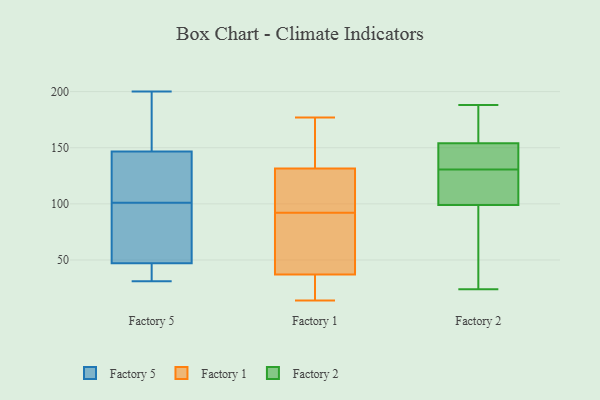
{"axis": {"x": "Energy Usage (MWh)", "y": "Value"}, "legend": ["Factory 1", "Factory 2", "Factory 5"], "data": [{"x": "", "y": 168, "type": "Factory 5"}, {"x": "", "y": 143, "type": "Factory 5"}, {"x": "", "y": 200, "type": "Factory 5"}, {"x": "", "y": 194, "type": "Factory 5"}, {"x": "", "y": 36, "type": "Factory 5"}, {"x": "", "y": 115, "type": "Factory 5"}, {"x": "", "y": 31, "type": "Factory 5"}, {"x": "", "y": 128, "type": "Factory 5"}, {"x": "", "y": 74, "type": "Factory 5"}, {"x": "", "y": 34, "type": "Factory 5"}, {"x": "", "y": 45, "type": "Factory 5"}, {"x": "", "y": 148, "type": "Factory 5"}, {"x": "", "y": 101, "type": "Factory 5"}, {"x": "", "y": 57, "type": "Factory 5"}, {"x": "", "y": 53, "type": "Factory 5"}, {"x": "", "y": 83, "type": "Factory 1"}, {"x": "", "y": 125, "type": "Factory 1"}, {"x": "", "y": 35, "type": "Factory 1"}, {"x": "", "y": 39, "type": "Factory 1"}, {"x": "", "y": 86, "type": "Factory 1"}, {"x": "", "y": 26, "type": "Factory 1"}, {"x": "", "y": 98, "type": "Factory 1"}, {"x": "", "y": 35, "type": "Factory 1"}, {"x": "", "y": 132, "type": "Factory 1"}, {"x": "", "y": 131, "type": "Factory 1"}, {"x": "", "y": 14, "type": "Factory 1"}, {"x": "", "y": 99, "type": "Factory 1"}, {"x": "", "y": 177, "type": "Factory 1"}, {"x": "", "y": 154, "type": "Factory 1"}, {"x": "", "y": 68, "type": "Factory 1"}, {"x": "", "y": 165, "type": "Factory 1"}, {"x": "", "y": 134, "type": "Factory 2"}, {"x": "", "y": 51, "type": "Factory 2"}, {"x": "", "y": 188, "type": "Factory 2"}, {"x": "", "y": 120, "type": "Factory 2"}, {"x": "", "y": 130, "type": "Factory 2"}, {"x": "", "y": 99, "type": "Factory 2"}, {"x": "", "y": 24, "type": "Factory 2"}, {"x": "", "y": 173, "type": "Factory 2"}, {"x": "", "y": 131, "type": "Factory 2"}, {"x": "", "y": 154, "type": "Factory 2"}]}